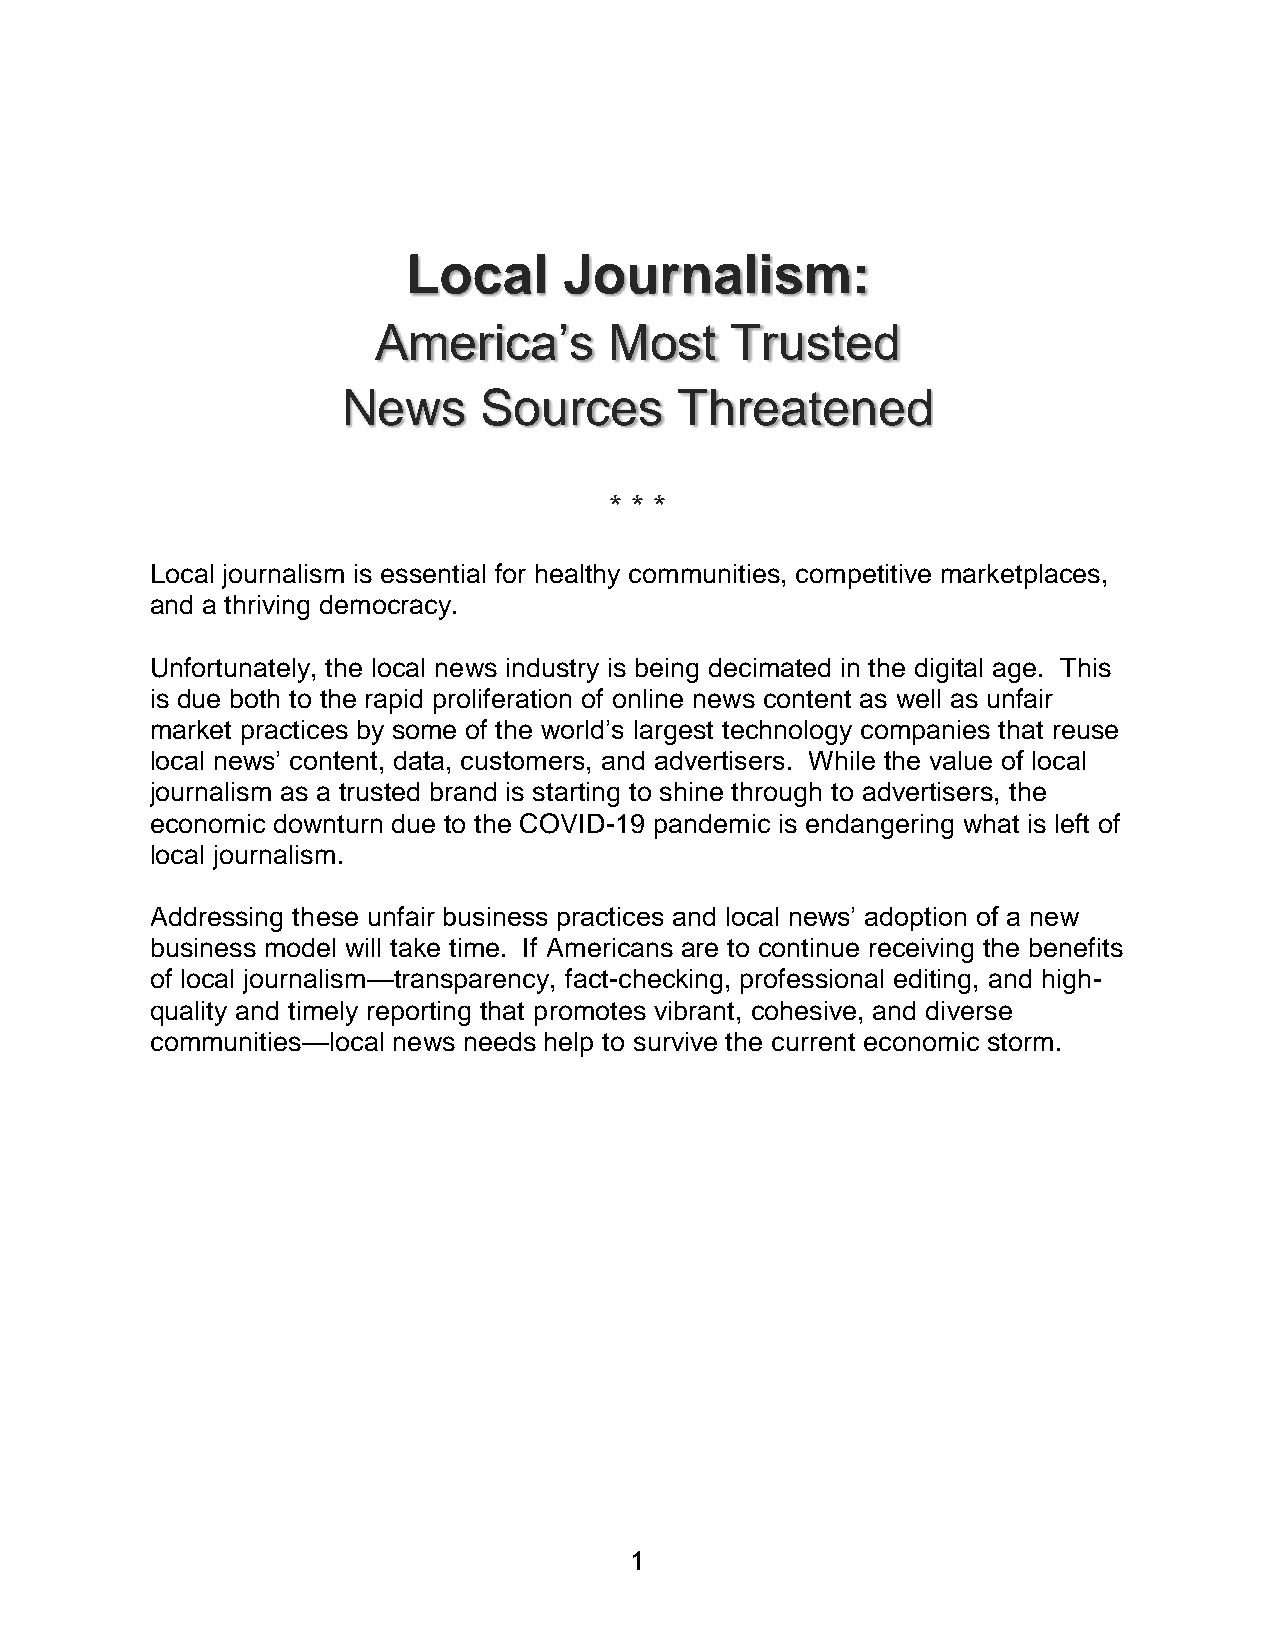
Local     Journalism:
 America’s      Most    Trusted
 News     Sources      Threatened
 * * *
 Local journalism is essential for healthy communities, competitive marketplaces,
 and a thriving democracy.
 Unfortunately, the local news industry is being decimated in the digital age. This
 is due both to the rapid proliferation of online news content as well as unfair
 market practices by some of the world’s largest technology companies that reuse
 local news’ content, data, customers, and advertisers. While the value of local
 journalism as a trusted brand is starting to shine through to advertisers, the
 economic downturn due to the COVID-19 pandemic is endangering what is left of
 local journalism.
 Addressing these unfair business practices and local news’ adoption of a new
 business model will take time. If Americans are to continue receiving the benefits
 of local journalism—transparency, fact-checking, professional editing, and high-
 quality and timely reporting that promotes vibrant, cohesive, and diverse
 communities—local news needs help to survive the current economic storm.
 1